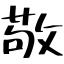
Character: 敬